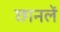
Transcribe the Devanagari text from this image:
छानलें